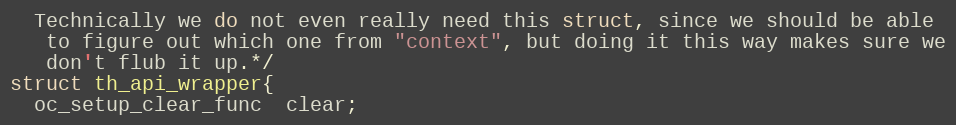
Language: C
  Technically we do not even really need this struct, since we should be able
   to figure out which one from "context", but doing it this way makes sure we
   don't flub it up.*/
struct th_api_wrapper{
  oc_setup_clear_func  clear;